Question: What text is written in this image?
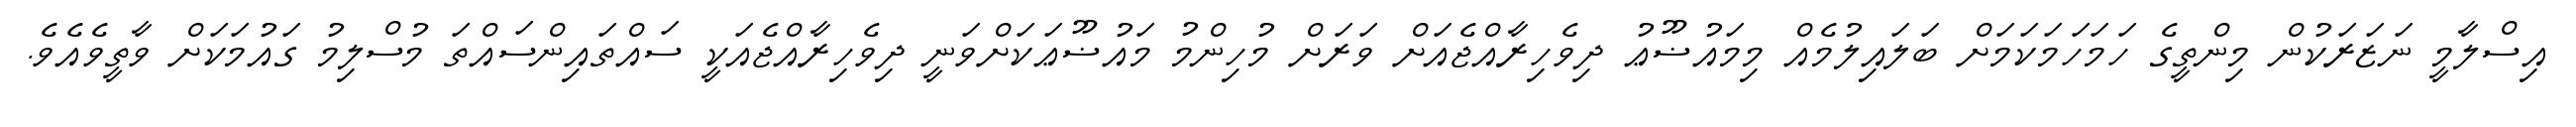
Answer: އިސްލާމީ ނަޒަރަކުން މިންތީގެ ހަމަހަމަކަމަށް ބަލައިލުމެއް މިމައުޟޫޢު ދިވެހިރާއްޖެއަށް ވަރަށް މުހިންމު މައުޟޫޢަކަށްވަނީ ދިވެހިރާއްޖެއަކީ ސައްތައިންސައްތަ މުސްލިމު ގައުމަކަށް ވާތީވެއެވެ.